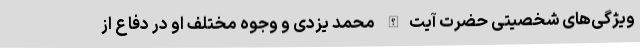
ویژگی‌های شخصیتی حضرت آیت‌الله محمد یزدی و وجوه مختلف او در دفاع از